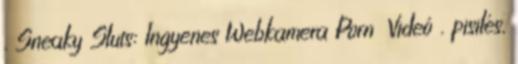
. Sneaky Sluts: Ingyenes Webkamera Porn Videó . pisilés,